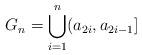
LaTeX: \begin{align*}G_n = \bigcup_{i=1}^{n} (a_{2i}, a_{2i-1}]\end{align*}